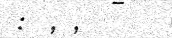
: